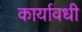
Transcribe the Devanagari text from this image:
कार्यावधी